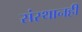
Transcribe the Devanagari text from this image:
संस्थानही